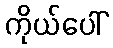
ကိုယ်ပေါ်